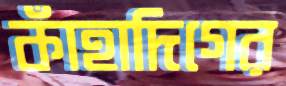
কাঁহাদিগের